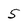
Character: 5